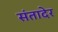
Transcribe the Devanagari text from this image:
संतादेर